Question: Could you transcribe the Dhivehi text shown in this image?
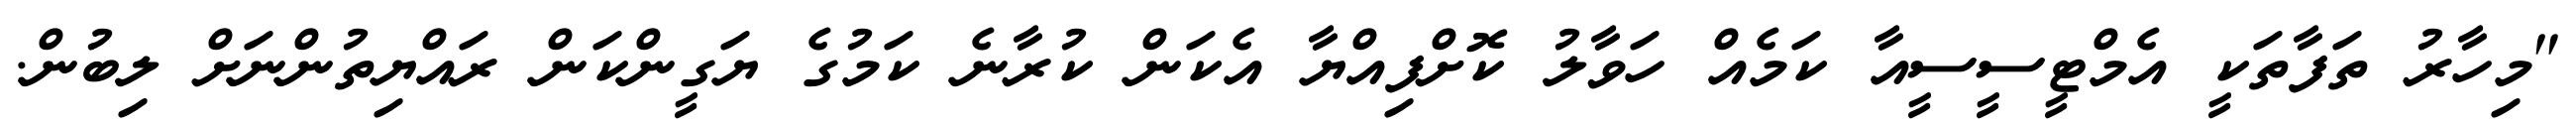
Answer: "މިހާރު ތަފާތަކީ އެމްޓީސީސީއާ ކަމެއް ހަވާލު ކޮށްފިއްޔާ އެކަން ކުރާނެ ކަމުގެ ޔަގީންކަން ރައްޔިތުންނަށް ލިބުން.